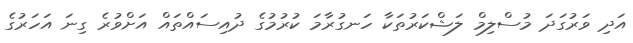
އަދި ވަރުގަދަ މުސްލިމް ލަޝްކަރުތަކާ ހަނގުރާމަ ކުރުމުގެ ދުއިސައްތައް އަށްވުރެ ގިނަ އަހަރުގެ